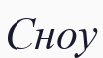
Сноу